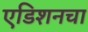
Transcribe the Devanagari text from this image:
एडिशनचा